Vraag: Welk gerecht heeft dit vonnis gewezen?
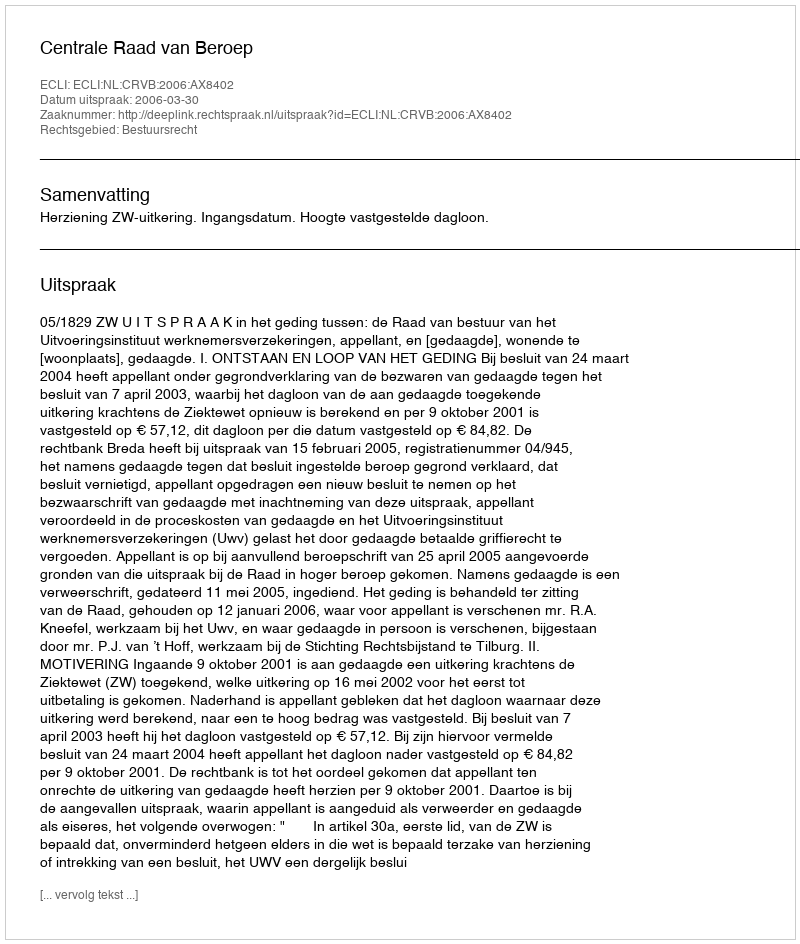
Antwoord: Centrale Raad van Beroep